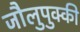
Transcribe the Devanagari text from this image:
जौलुपुक्की